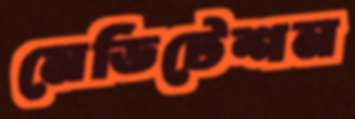
মেডিটেশন